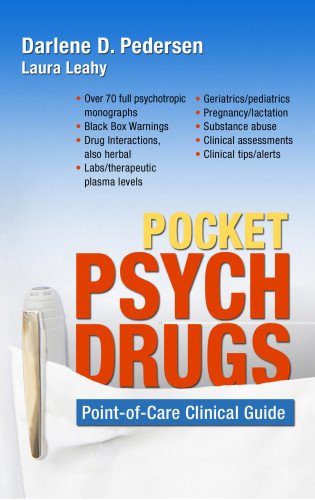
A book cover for Pocket Psych Drugs: Point-of-Care Clinical Guide; Darlene D. Pedersen MSN  APRN  PMHCNS; Medical Books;